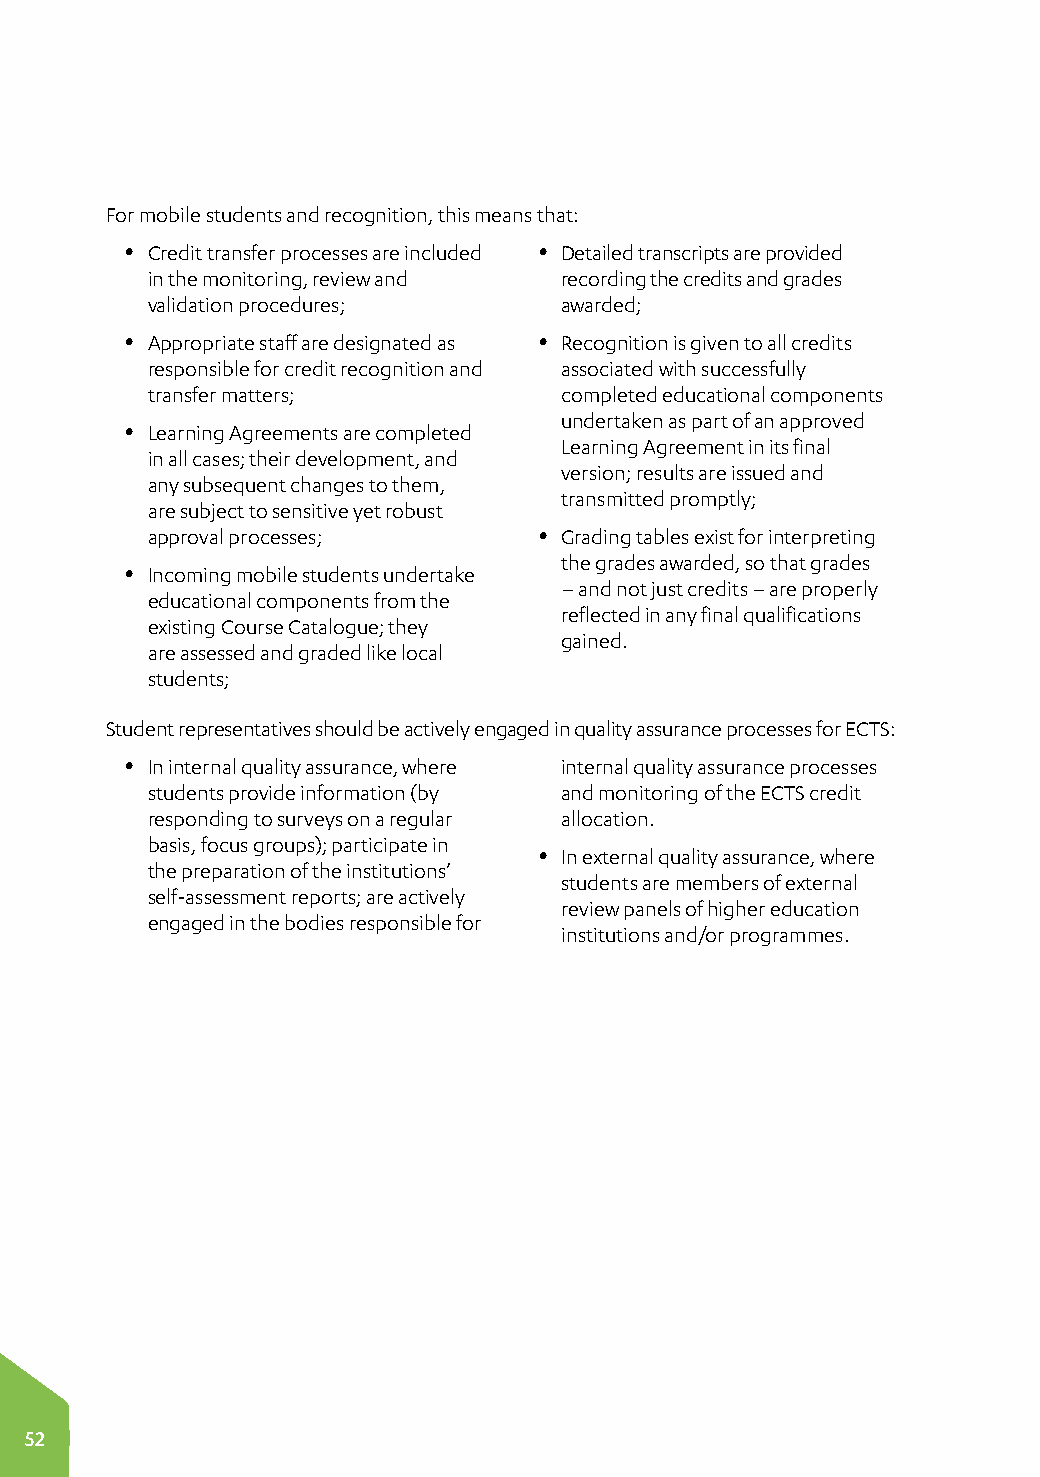
For mobile students and recognition, this means that:
 y Credit transfer processes are included y Detailed transcripts are provided
 in the monitoring, review and recording the credits and grades
 validation procedures;     awarded;
 y Appropriate staff are designated as y Recognition is given to all credits
 responsible for credit recognition and associated with successfully
 transfer matters;          completed educational components
 undertaken as part of an approved
 y Learning Agreements are completed
 Learning Agreement in its final
 in all cases; their development, and
 version; results are issued and
 any subsequent changes to them,
 transmitted promptly;
 are subject to sensitive yet robust
 approval processes;       y Grading tables exist for interpreting
 the grades awarded, so that grades
 y Incoming mobile students undertake
 – and not just credits – are properly
 educational components from the
 reflected in any final qualifications
 existing Course Catalogue; they
 gained.
 are assessed and graded like local
 students;
 Student representatives should be actively engaged in quality assurance processes for ECTS:
 y In internal quality assurance, where internal quality assurance processes
 students provide information (by and monitoring of the ECTS credit
 responding to surveys on a regular allocation.
 basis, focus groups); participate in
 y In external quality assurance, where
 the preparation of the institutions’
 students are members of external
 self-assessment reports; are actively
 review panels of higher education
 engaged in the bodies responsible for
 institutions and/or programmes.
 52